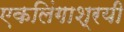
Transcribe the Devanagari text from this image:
एकलिंगाश्रयी